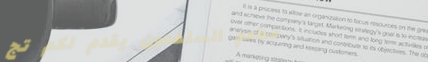
مطعم السلطعون يقدم لكم تج